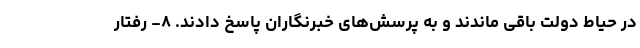
در حیاط دولت باقی ماندند و به پرسش‌های خبرنگاران پاسخ دادند. ٨- رفتار